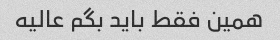
همین فقط باید بگم عالیه